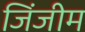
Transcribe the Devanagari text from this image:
जिंजीम